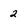
Character: 2